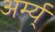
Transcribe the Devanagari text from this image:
अर्म्य्